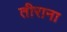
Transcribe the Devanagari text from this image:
तीराना